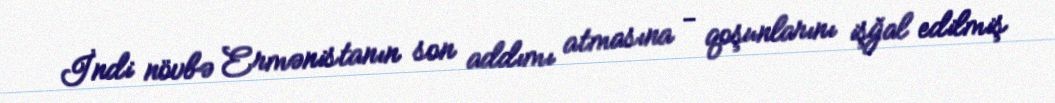
İndi növbə Ermənistanın son addımı atmasına - qoşunlarını işğal edilmiş